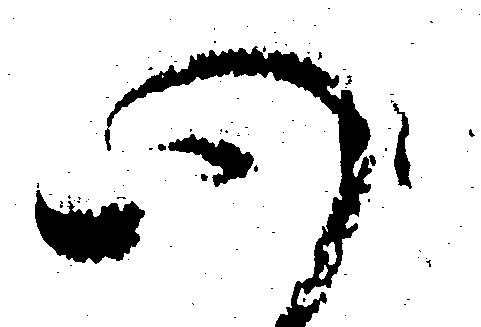
心